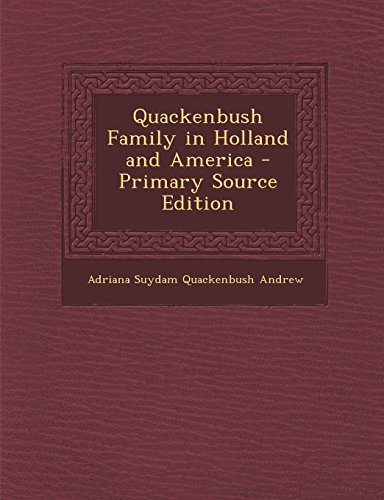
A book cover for Quackenbush Family in Holland and America; Adriana Suydam Quackenbush Andrew; History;